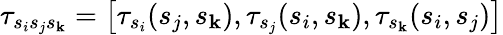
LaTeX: \tau_{s_{i}s_{j}s_{\mathbf{k}}}=\left[\tau_{s_{i}}(s_{j},s_{\mathbf{k}}),\tau_{s_{j}}(s_{i},s_{\mathbf{k}}),\tau_{s_{\mathbf{k}}}(s_{i},s_{j})\right]